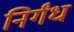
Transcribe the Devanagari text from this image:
निर्गंध